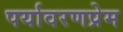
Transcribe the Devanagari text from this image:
पर्यावरणप्रेम